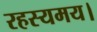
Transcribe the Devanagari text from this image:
रहस्यमय।